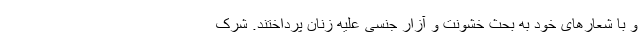
و با شعارهای خود به بحث خشونت و آزار جنسی علیه زنان پرداختند. شرک